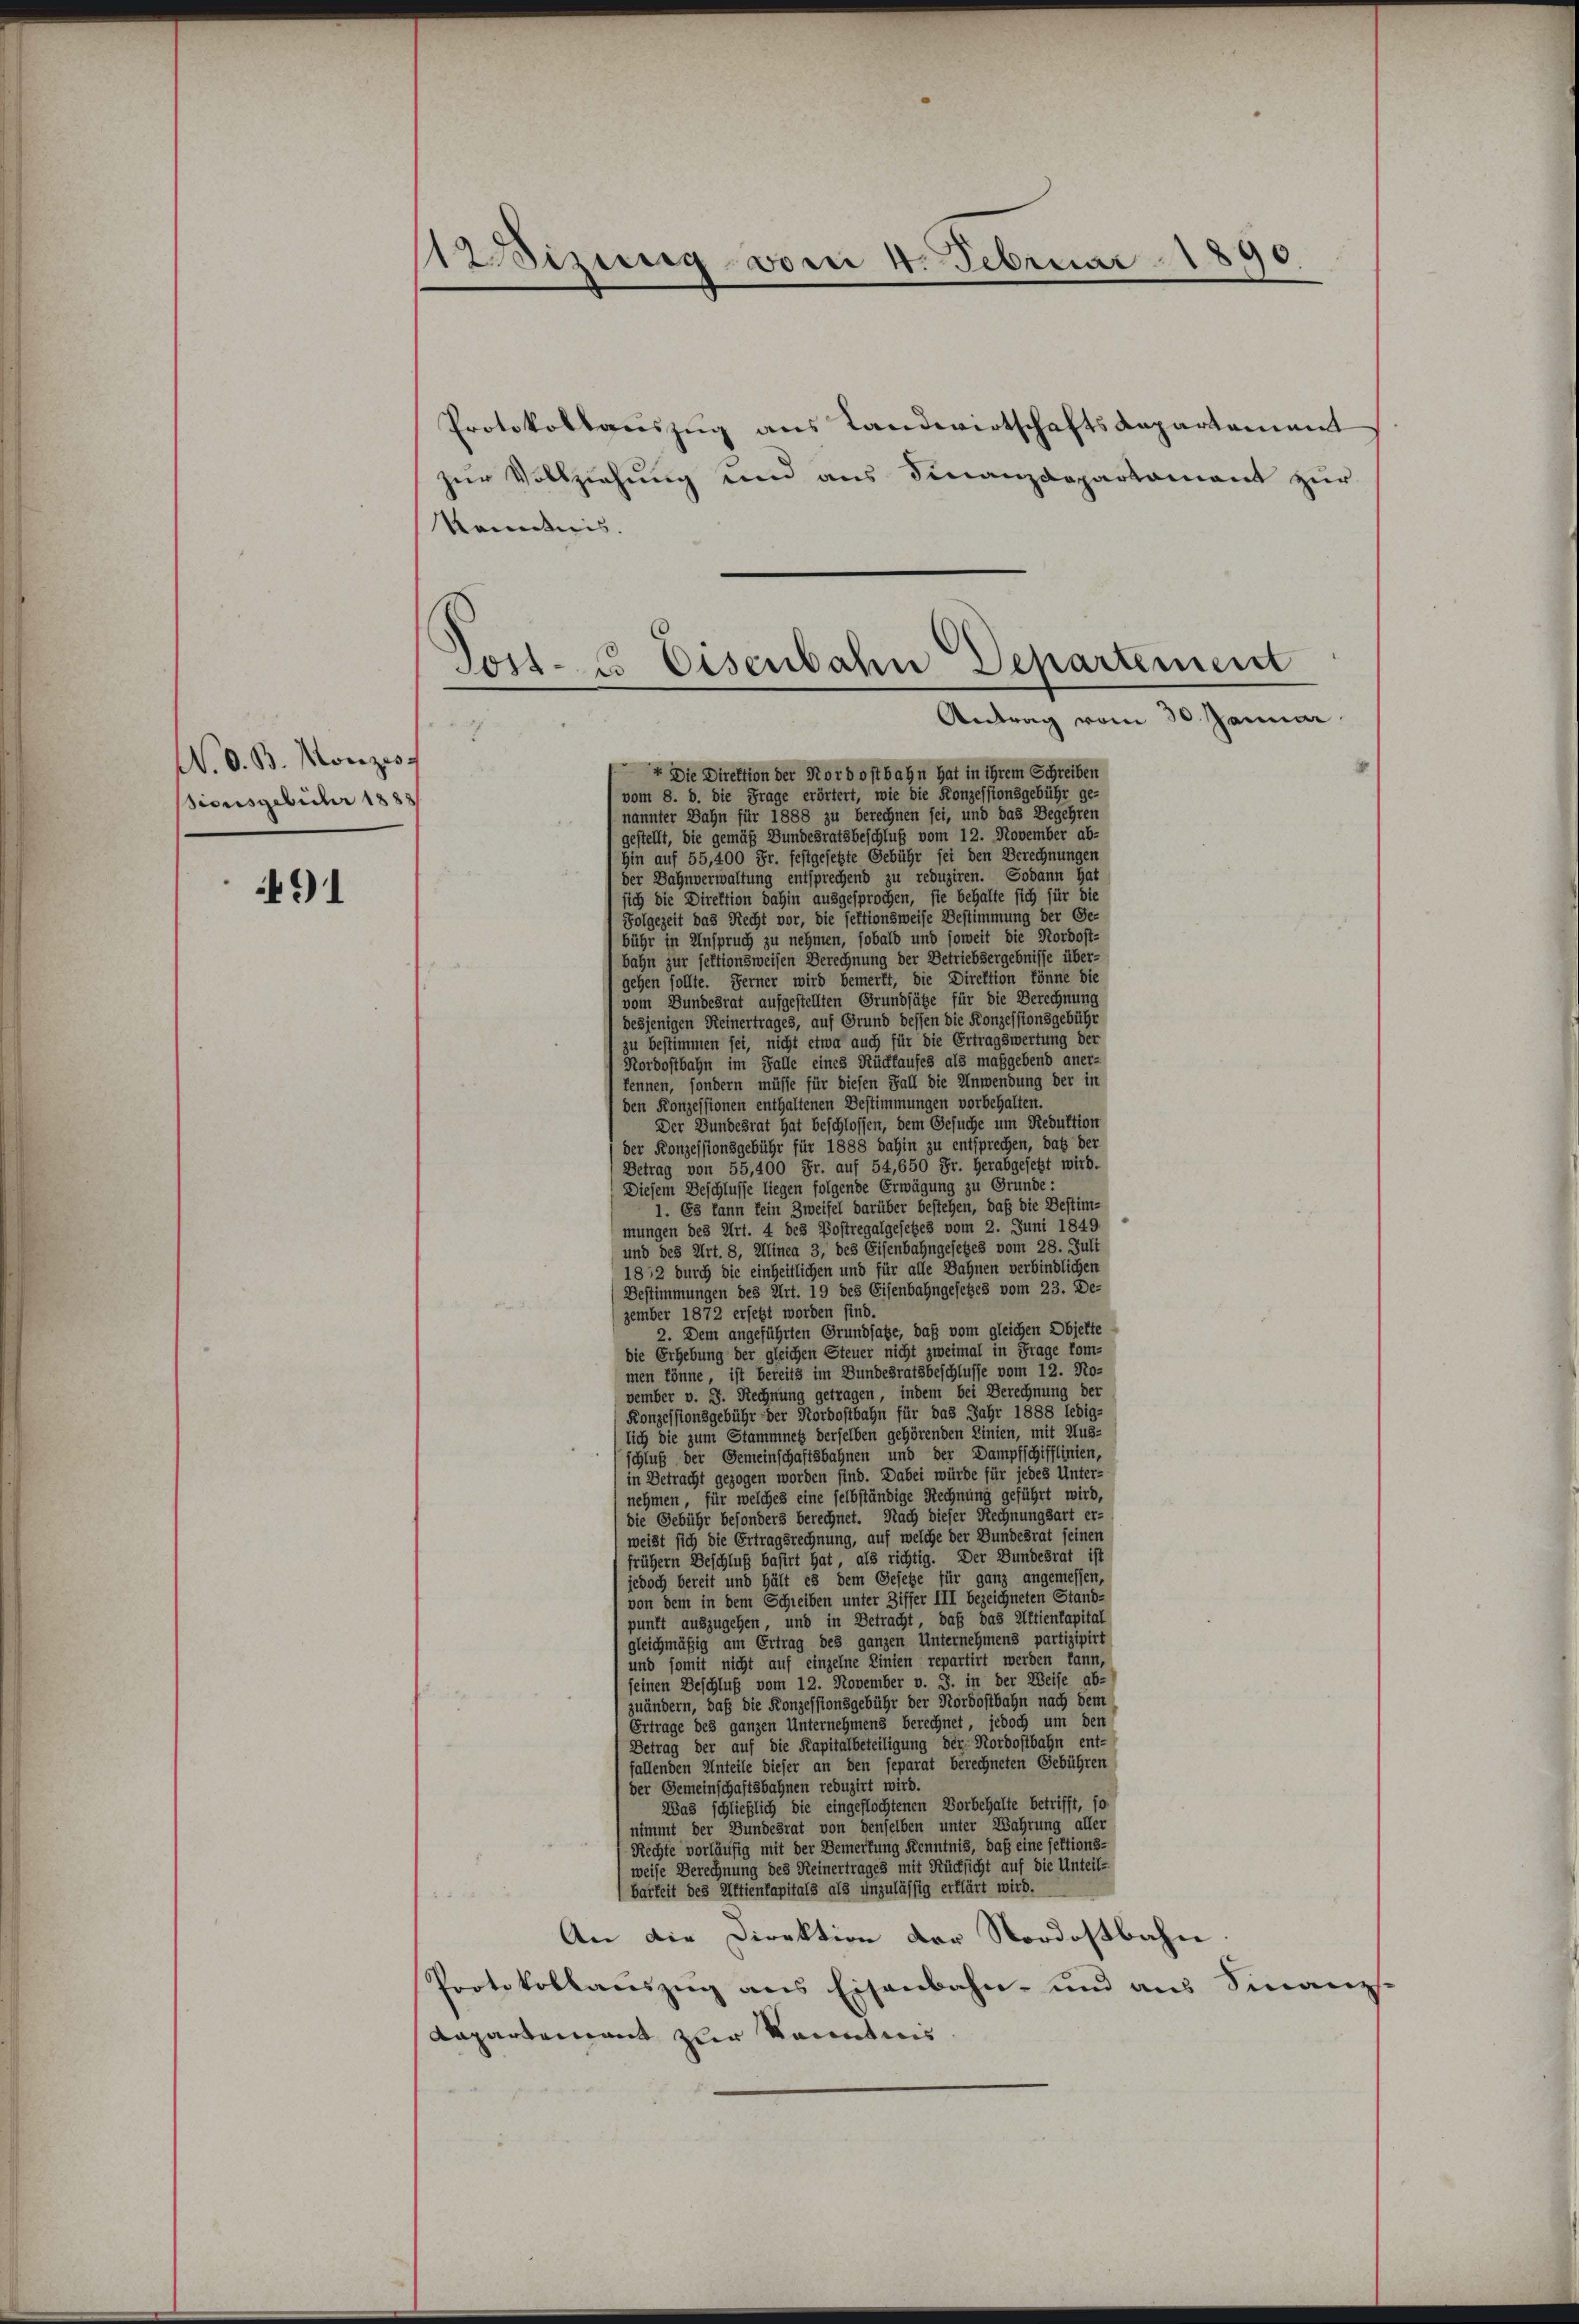
Weisung von 4. Februar 1890

Protokollauszug aus Landwirtschaftsdepartement
zur Vollziehung und aus Finanzdepartament zur
kanntnis.
+ Die Direktion der Nordostbahn hat in ihrem Schreiben
 vom 8. d. die Frage erörtert, wie die Konzessionsgebühr ge-
nannter Bahn für 1888 zu berechnen sei, und das Begehren
gestellt, die gemäß Bundesratsbeschluß vom 12. November ab-
hin auf 55,400 Fr. festgesetzte Gebühr sei den Berechnungen
der Dahnverwaltung entsprechend zu reduziren. Sodann hat
sich die Direktion dahin ausgesprochen, sie behalte sich für die
Folgezeit das Recht vor, die seltionsweise Bestimmung der Ge-
bühr in Anspruch zu nehmen, sobald und soweit die Nordost-
bahn zur sektionsweisen Berechnung der Betriebsergebnisse über-
gehen sollte. Ferner wird bemerkt, die Direktion könne die
vom Bundesrat aufgestellten Grundsätze für die Berechnung
desjenigen Reinertrages, auf Grund dessen die Konzessionsgebühr
zu bestimmen sei, nicht etwa auch für die Ertragswertung der
Nordostbahn im Falle eines Rückkaufes als maßgebend aner-
kennen, sondern müsse für diesen Fall die Anwendung der in
den Konzessionen enthaltenen Bestimmungen vorbehalten.
Der Bundesrat hat beschlossen, dem Gesuche um Reduktion
der Konzessionsgebühr für 1888 dahin zu entsprechen, daß der
Betrag von 55,400 Fr. auf 54,650 Fr. Herabgesetzt wird.
Diesem Beschlusse liegen folgende Erwägung zu Grunde:
1. Es kann kein Zweifel darüber bestehen, daß die Bestim-
mungen des Art. 4 des Postregalgesetzes vom 2. Juni 1849
und des Art. 8, Alinea 3, des Eisenbahngesetzes vom 28. Juli
1812 durch die einheitlichen und für alle Bahnen verbindlichen
Bestimmungen des Art. 19 des Eisenbahngesetzes vom 23. De-
zember 1872 ersetzt worden sind.
2. Dem angeführten Grundsatze, daß vom gleichen Objekte
die Erhebung der gleichen Steuer nicht zweimal in Frage kom-
men könne, ist bereits im Bundesratsbeschlusse vom 12. No-
vember v. 8. Rechnung getragen, indem bei Berechnung der
Konzessionsgebühr der Nordostbahn für das Jahr 1888 ledig-
lich die zum Stammnetz derselben gehörenden Linien, mit Aus-
schluß der Gemeinschaftsbahnen und der Dampfschifflinien,
in Betracht gezogen worden sind. Dabei würde für jedes Unter-
nehmen, für welches eine selbständige Rechnung geführt wird,
die Gebühr besonders berechnet. Nach dieser Rechnungsart er-
weist sich die Ertragsrechnung, auf welche der Bundesrat seinen
frühern Beschluß basirt hat, als richtig. Der Bundesrat ist
jedoch bereit und hält es dem Gesetze für ganz angemessen
von dem in dem Schreiben unter Ziffer III bezeichneten Stand-
punft auszugehen, und in Betracht, daß das Aktienkapital
gleichmäßig am Ertrag des ganzen Unternehmens partizipirt
und somit nicht auf einzelne Linien repartirt werden kann,
seinen Beschluß vom 12. November v. J. in der Weise ab-
zuändern, daß die Konzessionsgebühr der Nordostbahn nach dem
Ertrage des ganzen Unternehmens berechnet, jedoch um den
Betrag der auf die Kapitalbeteiligung der Nordostbahn ent-
fallenden Unteile dieser an den separat berechneten Gebühren
der Gemeinschaftsbahnen reduzirt wird.
Was schließlich die eingeflochtenen Vorbehalte betrifft, so
nimmt der Bundesrat von denselben unter Wahrung aller
Rechte vorläufig mit der Bemerkung Kenntnis, daß eine jektions-
weise Berechnung des Reinertrages mit Rücksicht auf die Unteil-
(barkeit des Aktienkapitals als unzulässig erklärt wird.
An die Direktion der Nordostbahn
Protokollauszug aus Eisenbahn- und aus Finanz-
Rapartement zur kanntnis

Post- u. Eisenbahn Departement
Antrag vom 30. Januar
a

N. O. B. Monzess
sionsgebühr 1888

491